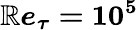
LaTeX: \boldsymbol{\mathbb{R}e_{\tau}=10^{5}}